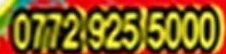
0772 925 5000